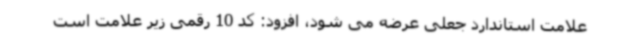
علامت استاندارد جعلی عرضه می شود، افزود: کد 10 رقمی زیر علامت است